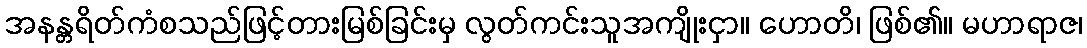
အနန္တရိတ်ကံစသည်ဖြင့်တားမြစ်ခြင်းမှ လွတ်ကင်းသူအကျိုးငှာ။ ဟောတိ၊ ဖြစ်၏။ မဟာရာဇ၊